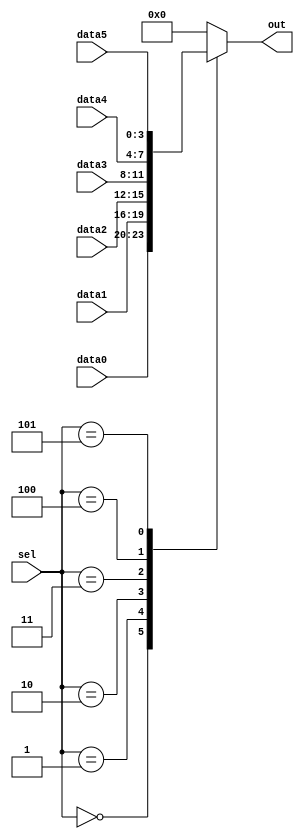
// synthesis verilog_input_version verilog_2001
module top_module ( 
    input [2:0] sel, 
    input [3:0] data0,
    input [3:0] data1,
    input [3:0] data2,
    input [3:0] data3,
    input [3:0] data4,
    input [3:0] data5,
    output reg [3:0] out   );//

    always@(*) begin  // This is a combinational circuit
        case(sel)
            3'b000: out = data0;
            3'b001: out = data1;
            3'b010: out = data2;
            3'b011: out = data3;
            3'b100: out = data4;
            3'b101: out = data5;
            default: out = 4'b0000;
        endcase
    end

endmodule